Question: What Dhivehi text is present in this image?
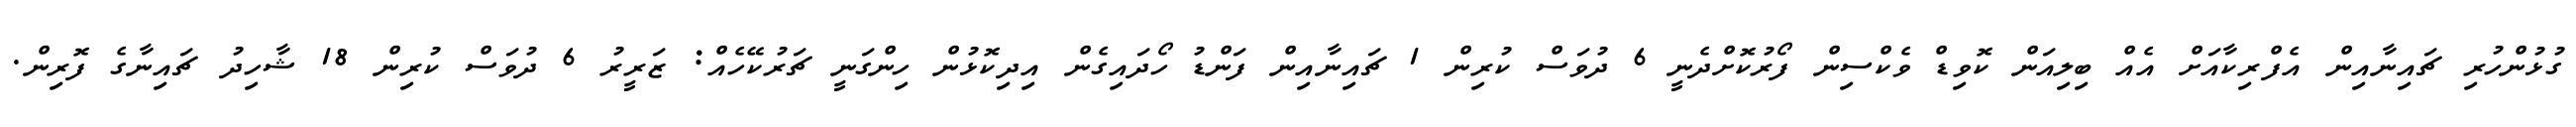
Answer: ގުޅުންހުރި ޗައިނާއިން އެފްރިކާއަށް އެއް ބިލިއަން ކޮވިޑް ވެކްސިން ފޯރުކޮށްދެނީ 6 ދުވަސް ކުރިން 1 ޗައިނާއިން ފަންޑު ހޯދައިގެން އިދިކޮޅުން ހިންގަނީ ޗަރުކޭހެއް: ޒަރީރު 6 ދުވަސް ކުރިން 18 ޝާހިދު ޗައިނާގެ ފޮރިން.